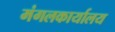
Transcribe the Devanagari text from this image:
मंगलकार्यालय